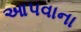
આપવાના